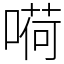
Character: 嗬